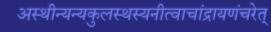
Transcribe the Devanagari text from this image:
अस्थीन्यन्यकुलस्थस्यनीत्वाचांद्रायणंचरेत्